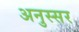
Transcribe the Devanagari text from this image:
अनुस्सर